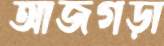
আজগড়া